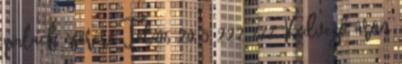
palack cserére Tel:06 20 5 222 777 Kedvező áron